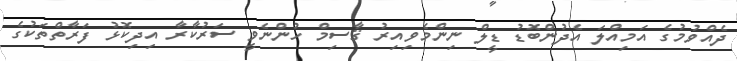
ދެއްވުމުގެ އަމިއްލަ އެދުންބޮޑު ޑީލް ނިންމެވިއިރު ޤާސިމް ހުންނެވީ ސަރުކާރާ އިދިކޮޅު ފަރާތްތަކުގެ